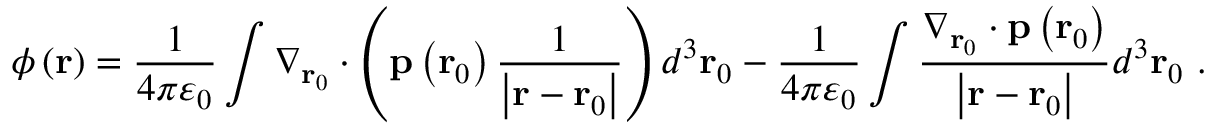
\phi \left( \mathbf { r } \right) = { \frac { 1 } { 4 \pi \varepsilon _ { 0 } } } \int \nabla _ { \mathbf { r } _ { 0 } } \cdot \left( \mathbf { p } \left( \mathbf { r } _ { 0 } \right) { \frac { 1 } { \left| \mathbf { r } - \mathbf { r } _ { 0 } \right| } } \right) d ^ { 3 } \mathbf { r } _ { 0 } - { \frac { 1 } { 4 \pi \varepsilon _ { 0 } } } \int { \frac { \nabla _ { \mathbf { r } _ { 0 } } \cdot \mathbf { p } \left( \mathbf { r } _ { 0 } \right) } { \left| \mathbf { r } - \mathbf { r } _ { 0 } \right| } } d ^ { 3 } \mathbf { r } _ { 0 } \ .